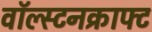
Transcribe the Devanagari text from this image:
वॉल्स्टनक्राफ्ट